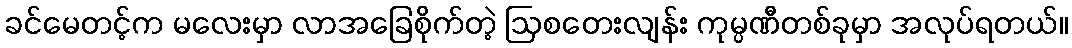
ခင်မေတင့်က မလေးမှာ လာအခြေစိုက်တဲ့ ဩစတေးလျန်း ကုမ္ပဏီတစ်ခုမှာ အလုပ်ရတယ်။